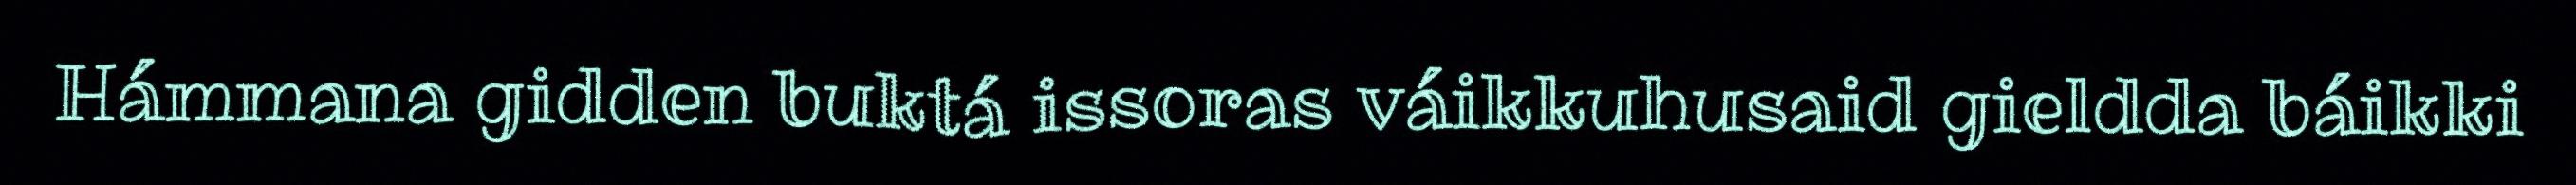
Hámmana gidden buktá issoras váikkuhusaid gieldda báikki